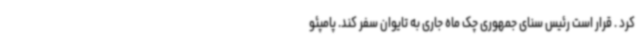
کرد . قرار است رئیس سنای جمهوری چک ماه جاری به تایوان سفر کند. پامپئو